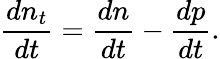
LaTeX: \frac{dn_{t}}{dt}=\frac{dn}{dt}-\frac{dp}{dt}.